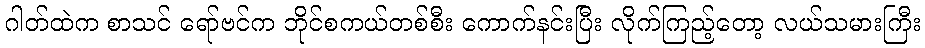
ဂါတ်ထဲက စာသင် ရော်ဗင်က ဘိုင်စကယ်တစ်စီး ကောက်နင်းပြီး လိုက်ကြည့်တော့ လယ်သမားကြီး